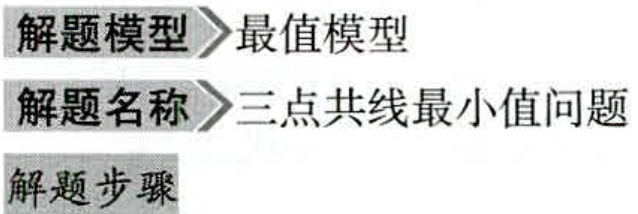
\begin{enumerate}
\item 解题模型 最值模型
\item 解题名称 三点共线最小值问题
\item 解题步骤
\end{enumerate}